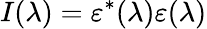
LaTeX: I(\lambda)=\varepsilon^{*}(\lambda)\varepsilon(\lambda)